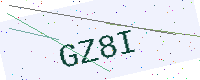
Text: GZ8I